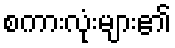
စကားလုံးများ၏